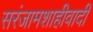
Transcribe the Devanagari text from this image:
सरंजामशाहीवादी